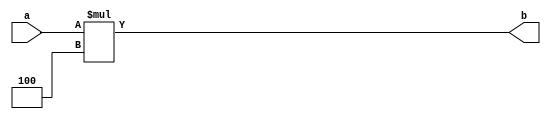
`timescale 1ns / 1ps


module Shifter(
    input [31:0] a,
    output [31:0] b
     );
assign b = a*4;
endmodule